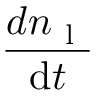
\frac { d n _ { \mathrm { ~ l ~ } } } { \mathrm { d } t }